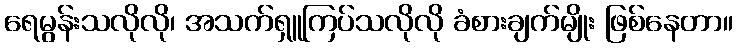
ရေမွန်းသလိုလို၊ အသက်ရှူကြပ်သလိုလို ခံစားချက်မျိုး ဖြစ်နေတာ။